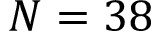
N = 3 8